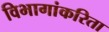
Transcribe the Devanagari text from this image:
विभागांकरिता